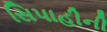
સિપાહીની